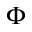
\Phi